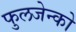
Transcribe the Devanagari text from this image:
फुलजेन्को